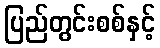
ပြည်တွင်းစစ်နှင့်